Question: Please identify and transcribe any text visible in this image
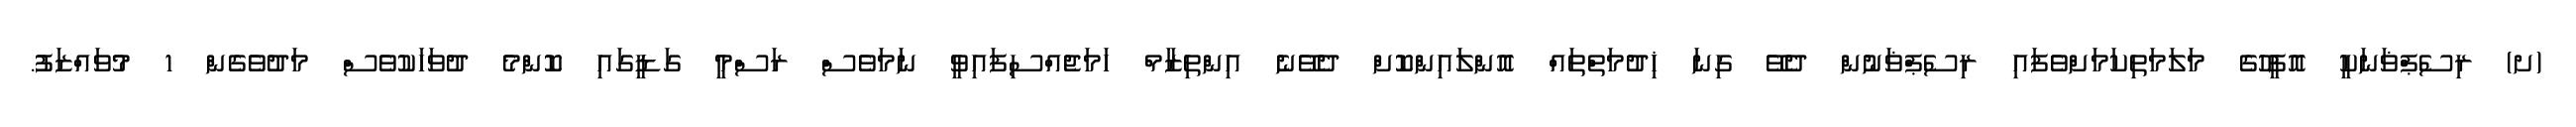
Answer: (ށ) ރިސެޕްޥަނަކީ އޮފީހުގެ މަލަމަތިކަމަށްވެފައި ރިސެޕްޥަނުން ދެވޭ ގިނަ ޚިދުމަތްތައް އޮންލައިންކޮށް ދެވޭނެ އިންތިޒާމް ހަމަޖެއްސިފައިވީ ނަމަވެސް ރަސްމީ ގަޑީގައި ކޮންމެ ދުވަހަކުވެސް މަދުވެގެން 1 މުވައްޒަފު.